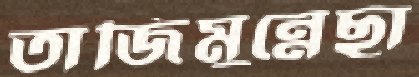
তাজিমুন্নেছা